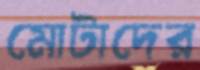
মোটাদের